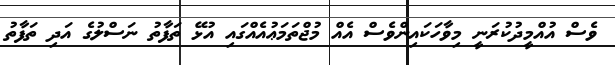
ވެސް އުއްމީދުކުރަނީ މިވާހަކައިންވެސް އެއް މުޖްތަމަޢުއެއްގައި އުޅޭ ތަފާތު ނަސްލުގެ އަދި ތަފާތު